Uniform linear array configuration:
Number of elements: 16
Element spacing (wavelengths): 0.25
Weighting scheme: hamming
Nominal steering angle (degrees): -15
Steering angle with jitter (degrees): -13.069
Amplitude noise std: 0.05
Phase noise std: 0.05

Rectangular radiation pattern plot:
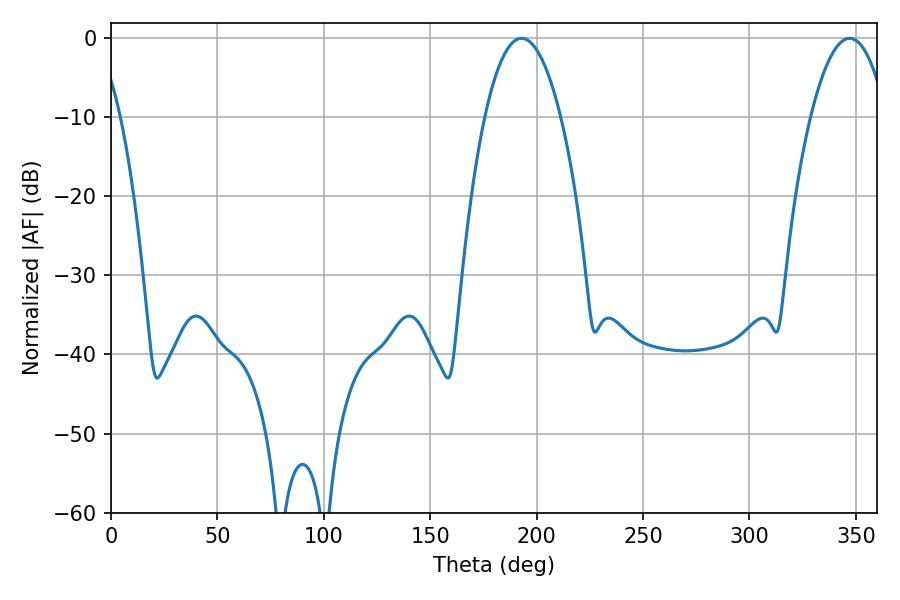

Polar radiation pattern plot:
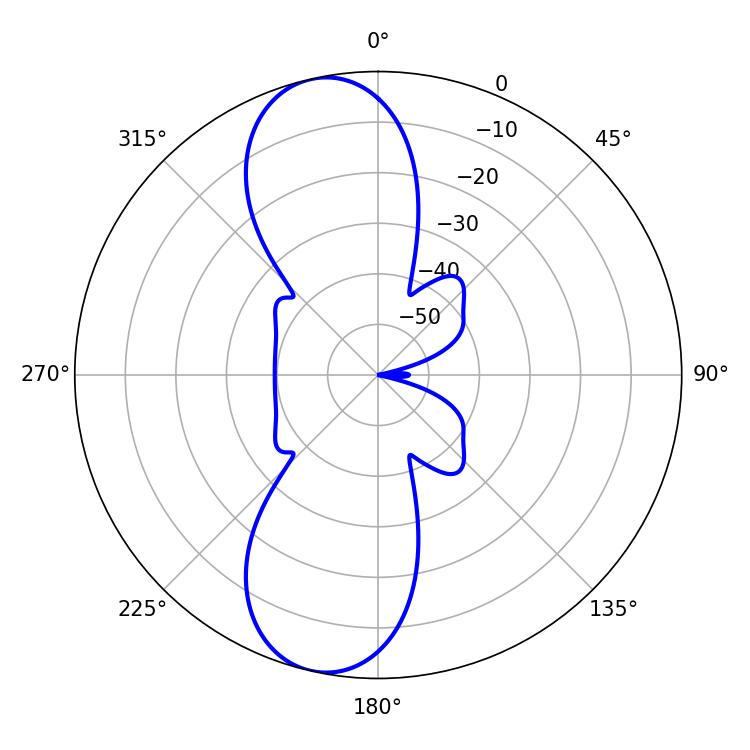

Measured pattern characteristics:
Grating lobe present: FALSE
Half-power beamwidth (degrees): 19.8
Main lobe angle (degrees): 347.04